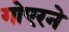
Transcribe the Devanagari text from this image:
गोएरने